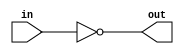
`timescale 1ns / 1ps
//////////////////////////////////////////////////////////////////////////////////
// Company: 
// Engineer: 
// 
// Design Name: 
// Module Name: NotGate
// Project Name: 
// Target Devices: 
// Tool Versions: 
// Description: 
// 
// Dependencies: 
// 
// Revision:
// Revision 0.01 - File Created
// Additional Comments:
// 
//////////////////////////////////////////////////////////////////////////////////


module NotGate(in, out);
    input in;
    output out;
    assign out = ~in;
endmodule